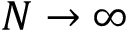
N \to \infty